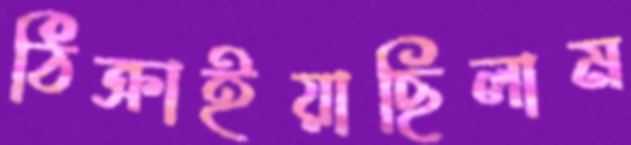
ঠিক্‌রাইয়াছিলাম